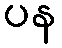
ပန